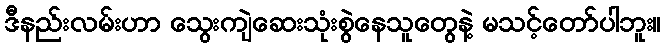
ဒီနည်းလမ်းဟာ သွေးကျဲဆေးသုံးစွဲနေသူတွေနဲ့ မသင့်တော်ပါဘူး။